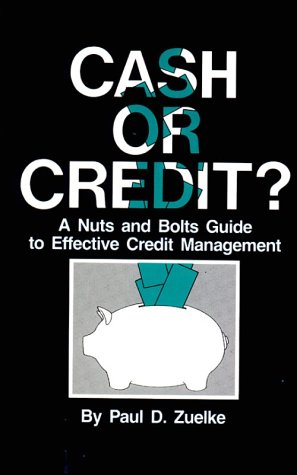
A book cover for Cash or Credit? A Nuts and Bolts Guide to Effective Credit Management; Paul D. Zuelke; Medical Books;